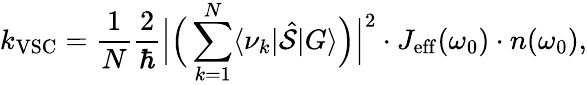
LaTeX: k_{\mathrm{VSC}}=\frac{1}{N}\frac{2}{\hbar}\Big|\Big(\sum_{k=1}^{N}\langle\nu_{k}|\hat{\mathcal S}|G\rangle\Big)\Big|^{2}\cdot J_{\mathrm{eff}}(\omega_{0})\cdot n(\omega_{0}),